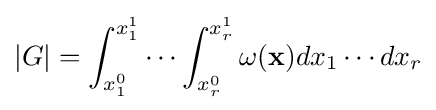
|G|=\int _{x_{1}^{0}}^{x_{1}^{1}}\cdots \int _{x_{r}^{0}}^{x_{r}^{1}}\omega (\mathbf {x} )dx_{1}\cdots dx_{r}